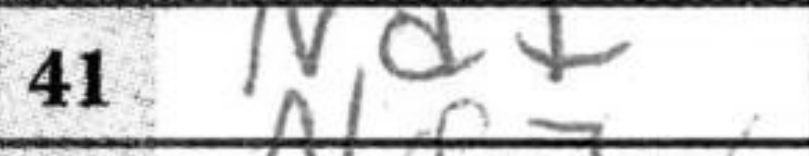
Transcription: Nd7